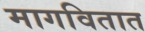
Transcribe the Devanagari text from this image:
मागवितात